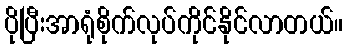
ပိုပြီးအာရုံစိုက်လုပ်ကိုင်နိုင်လာတယ်။